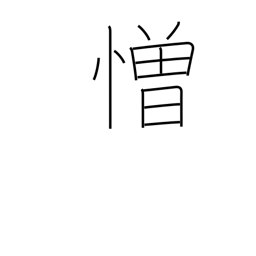
Meaning: hate